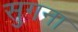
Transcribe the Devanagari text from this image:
सुगना